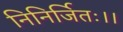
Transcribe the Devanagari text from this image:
निनिर्जितः।।